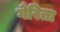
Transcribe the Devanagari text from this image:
गैरिता